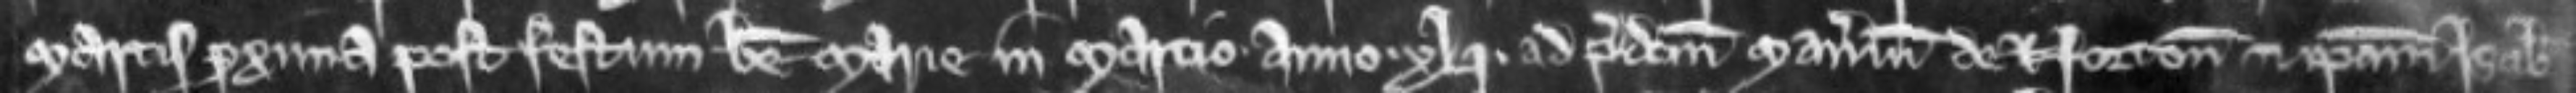
martis proxima post festum beate marie in marcio anno xli ad predictum manerium de Norton et ipsam Isabellam